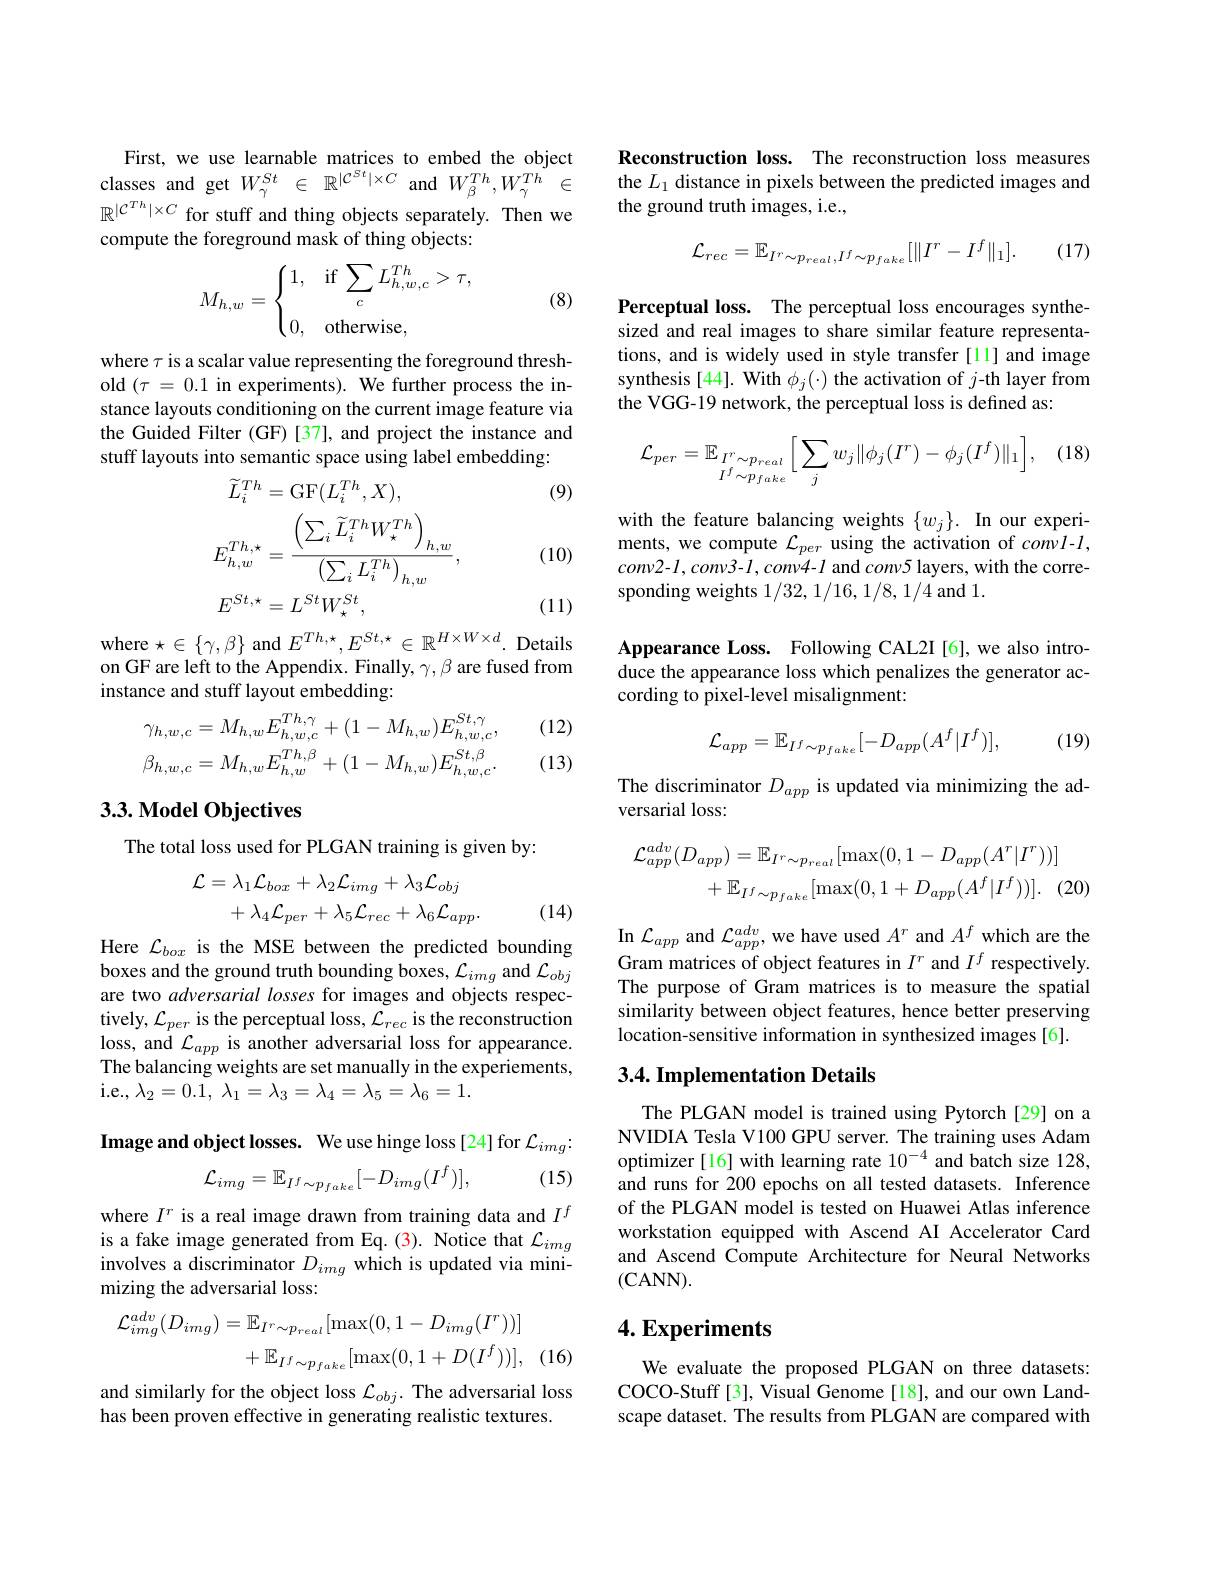
First, we use learnable matrices to embed the object classes and get $W_{\gamma}^{St}~\in~\mathbb{R}^{|\mathcal{C}^{St}|\times C}~$and $W_{\beta}^{Th},W_{\gamma}^{Th}~\in$ $\mathbb{R}^{|\mathcal{C}^{Th}|\times C}$ for stuff and thing objects separately. Then we compute the foreground mask of thing objects:
$$M_{h,w}=\begin{cases}1,&\text{if}\sum_cL_{h,w,c}^{Th}>\tau,\\\\0,&\text{otherwise},\end{cases}$$
(8)

where $\tau$ is a scalar value representing the foreground threshold $(\tau=0.1$ in experiments). We further process the instance layouts conditioning on the current image feature via the Guided Filter (GF)[37], and project the instance and stuff layouts into semantic space using label embedding:

(9)
$$\begin{aligned}\widetilde{L}_{i}^{Th}&=\mathrm{GF}(L_{i}^{Th},X),\\E_{h,w}^{Th,\star}&=\frac{\left(\sum_{i}\widetilde{L}_{i}^{Th}W_{\star}^{Th}\right)_{h,w}}{\left(\sum_{i}L_{i}^{Th}\right)_{h,w}},\\E^{St,\star}&=L^{St}W_{\star}^{St},\end{aligned}$$
(10)

(11)

where $\star\in\{\gamma,\beta\}$ and $E^Th,\star,E^{St,\star}\in\mathbb{R}^{H\times W\times d}.$ Details on GF are left to the Appendix. Finally, $\gamma,\beta$ are fused from instance and stuff layout embedding:
$$\gamma_{h,w,c}=M_{h,w}E_{h,w,c}^{Th,\gamma}+(1-M_{h,w})E_{h,w,c}^{St,\gamma},\\\beta_{h,w,c}=M_{h,w}E_{h,w}^{Th,\beta}+(1-M_{h,w})E_{h,w,c}^{St,\beta}.$$
(12)

(13)

## $3. 3. \textbf{Model Objectives}$

The total loss used for PLGAN training is given by:
$$\mathcal{L}=\lambda_{1}\mathcal{L}_{box}+\lambda_{2}\mathcal{L}_{img}+\lambda_{3}\mathcal{L}_{obj}\\+\lambda_{4}\mathcal{L}_{per}+\lambda_{5}\mathcal{L}_{rec}+\lambda_{6}\mathcal{L}_{app}.$$
(14)

Here $\mathcal{L}_{box}$ is the MSE between the predicted bounding boxes and the ground truth bounding boxes, $\mathcal{L}_img$ and $\mathcal{L}_obj$ are two adversarial losses for images and objects respectively, $\mathcal{L}_per$ is the perceptual loss, $\mathcal{L}_rec$ is the reconstruction loss, and $\mathcal{L}_app$ is another adversarial loss for appearance. The balancing weights are set manually in the experiements, i. e. , $\lambda _{2}= 0. 1, \lambda _{1}= \lambda _{3}= \lambda _{4}= \lambda _{5}= \lambda _{6}= 1.$

Image and object losses. We use hinge loss[24] for $\mathcal{L}_img:$
$$\mathcal{L}_{img}=\mathbb{E}_{I^{f}\sim p_{fake}}[-D_{img}(I^{f})],$$
(15)

where $I^r$ is a real image drawn from training data and $I^f$ is a fake image generated from Eq. (3). Notice that $\mathcal{L}_img$ involves a discriminator $D_{img}$ which is updated via minimizing the adversarial loss:
$$\begin{aligned}\mathcal{L}_{img}^{adv}(D_{img})&=\mathbb{E}_{I^{r}\sim p_{real}}[\max(0,1-D_{img}(I^{r}))]\\&+\mathbb{E}_{I^{f}\sim p_{fake}}[\max(0,1+D(I^{f}))],\end{aligned}$$
and similarly for the object loss $\mathcal{L}_obj.$ The adversarial loss
has been proven effective in generating realistic textures.

Reconstruction loss. The reconstruction loss measures the $L_1$ distance in pixels between the predicted images and the ground truth images, i.e.,
$$\mathcal{L}_{rec}=\mathbb{E}_{I^{r}\sim p_{real},I^{f}\sim p_{fake}}[\|I^{r}-I^{f}\|_{1}].$$
(17)

Perceptual loss. The perceptual loss encourages synthesized and real images to share similar feature representations, and is widely used in style transfer[11] and image synthesis[44]. With $\phi_j(\cdot)$ the activation of $j$-th layer from the VGG-19 network, the perceptual loss is defined as

(18,
$$\mathcal{L}_{per}=\mathbb{E}_{I^r\sim p_{real}}\bigg[\sum_{j}w_{j}\|\phi_{j}(I^{r})-\phi_{j}(I^{f})\|_{1}\bigg],$$
with the feature balancing weights $\{w_j\}.$ In our experiments, we compute $\mathcal{L}_per$ using the activation of $convl-l$, $conv2-1,conv3-l,conv4-l$ and $conv5$ layers, with the corresponding weights 1/32,1/16,1/8,1/4 and 1.

Appearance Loss. Following CAL2I[6], we also introduce the appearance loss which penalizes the generator according to pixel-level misalignment:

(19)
$$\mathcal{L}_{app}=\mathbb{E}_{I^{f}\sim p_{fake}}[-D_{app}(A^{f}|I^{f})],$$
The discriminator $D_{app}$ is updated via minimizing the ad-
versarial loss:
$$\mathcal{L}_{app}^{adv}(D_{app})=\mathbb{E}_{I^{r}\sim p_{real}}[\max(0,1-D_{app}(A^{r}|I^{r}))]\\+\mathbb{E}_{I^{f}\sim p_{fake}}[\max(0,1+D_{app}(A^{f}|I^{f}))].\quad($$
In $\mathcal{L} _{app}$ and $\mathcal{L} _{app}^{adv}$, we have used $A^{r}$ and $A^{f}$ which are the Gram matrices of object features in $I^{r}$ and $I^{f}$ respectively. The purpose of Gram matrices is to measure the spatial similarity between object features, hence better preserving location-sensitive information in synthesized images [6].

## 3.4. Implementation Details

The PLGAN model is trained using Pytorch[29] on a NVIDIA Tesla V100 GPU server. The training uses Adam optimizer[16] with learning rate $10^{-4}$ and batch size 128, and runs for 200 epochs on all tested datasets. Inference of the PLGAN model is tested on Huawei Atlas inference workstation equipped with Ascend AI Accelerator Card and Ascend Compute Architecture for Neural Networks (CANN).

## $4. \textbf{Experiments}$

We evaluate the proposed PLGAN on three datasets: COCO-Stuff[3], Visual Genome[18], and our own Landscape dataset. The results from PLGAN are compared with